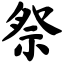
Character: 祭